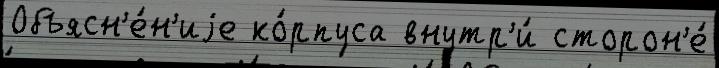
Объясн'е́н'иjе ко́рпуса внутр'и́ сторон'е́